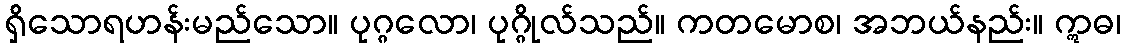
ရှိသောရဟန်းမည်သော။ ပုဂ္ဂလော၊ ပုဂ္ဂိုလ်သည်။ ကတမောစ၊ အဘယ်နည်း။ ဣဓ၊